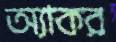
অ্যাকর